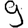
Digit: 9